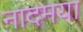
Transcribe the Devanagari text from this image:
नादमया